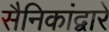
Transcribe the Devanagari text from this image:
सैनिकांद्वारे